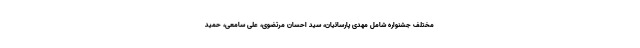
مختلف جشنواره شامل مهدی پارسائیان، سید احسان مرتضوی، علی سامعی، حمید